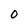
Character: O